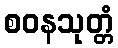
စဝနသုတ္တံ